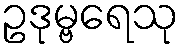
ဥဒုမ္ဗရေသု